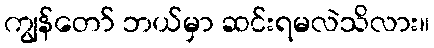
ကျွန်တော် ဘယ်မှာ ဆင်းရမလဲသိလား။